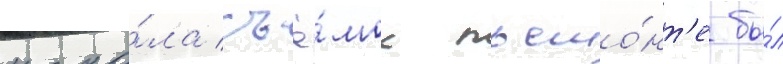
нача́ла съё́мок пьемо́нт'е бы́л